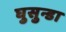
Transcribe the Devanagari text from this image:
घुसुन्डा